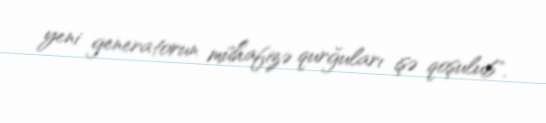
yeni generatorun mühafizə qurğuları işə qoşulub".